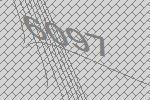
6097